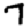
Digit: 7